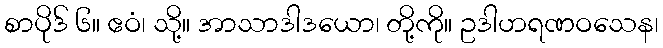
စာပိုဒ် ၆။ ဧဝံ၊ သို့။ အာသာဒါဒယော၊ တို့ကို။ ဥဒါဟရဏဝသေန၊